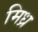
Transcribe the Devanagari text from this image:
मिध्र